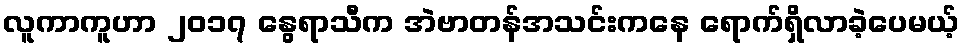
လူကာကူဟာ ၂၀၁၇ နွေရာသီက အဲဗာတန်အသင်းကနေ ရောက်ရှိလာခဲ့ပေမယ့်